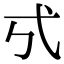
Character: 𢍻